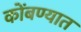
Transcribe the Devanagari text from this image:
कोंबण्यात